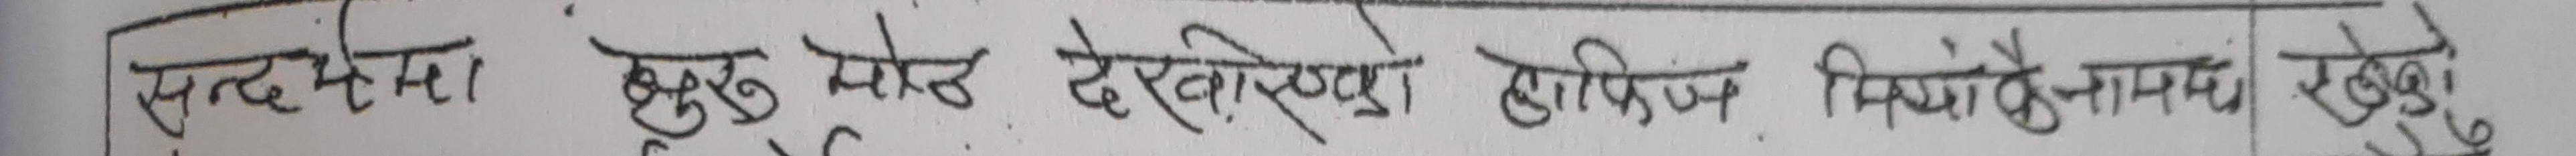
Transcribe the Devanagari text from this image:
सदस्यता सुरु भोट देखिसकेको हाजिर मिलानमा रैछु।